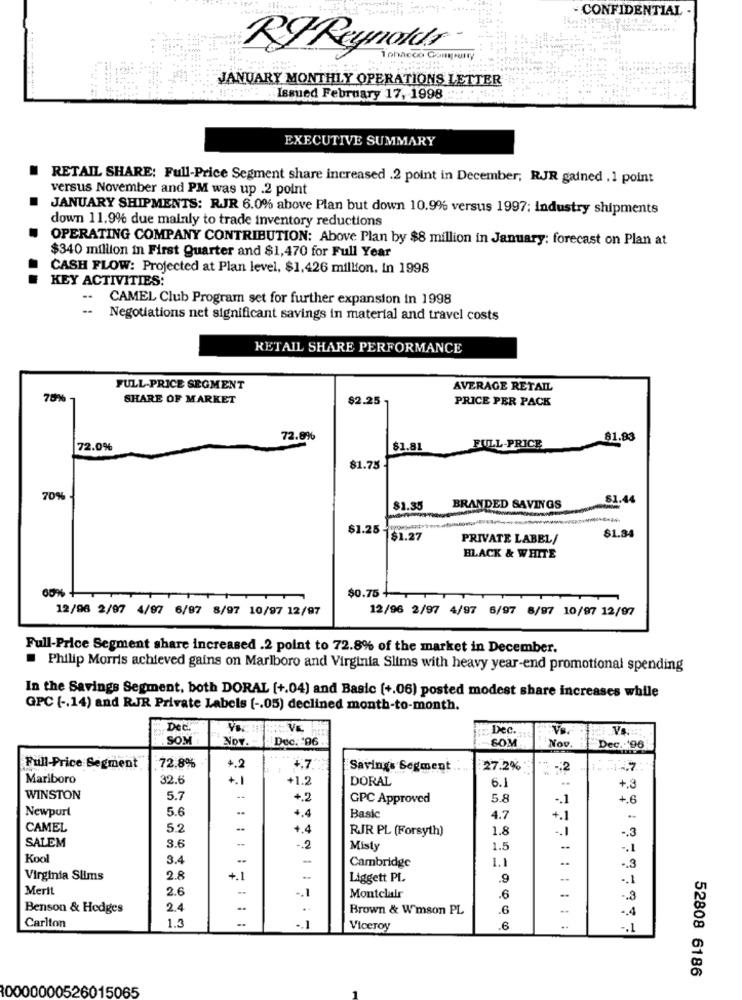
CONFIDENTIAL -
RY Reynolds
JANUARY MONTHLY OPERATIONS LETTER
Issued February 17, 1998
EXECUTIVE SUMMARY
RETAIL SHARE: Full-Price Segment share increased .2 point in December; RJR gained . 1 point
versus November and PM was up .2 point
JANUARY SHIPMENTS: RJR 6.0% above Plan but down 10.9% versus 1997; Industry shipments
down 11.9% due mainly to trade inventory reductions
OPERATING COMPANY CONTRIBUTION: Above Plan by $8 million in January; forecast on Plan at
$340 million in First Quarter and $1,470 for Full Year
CASH FLOW: Projected at Plan level, $1,426 million. In 1998
KEY ACTIVITIES:
CAMEL Club Program set for further expansion in 1998
Negotiations net significant savings in material and travel costs
RETAIL SHARE PERFORMANCE
FULL-PRICE SEGMENT
AVERAGE RETAIL
70%
SHARE OF MARKET
$2.25 -
PRICE PER PACK
72.8%
81.83
72.0%
$1.81
FULL-PRICE
81.75 -
70%
51.44
81.35
BRANDED SAVINGS
$1.25 -
$1.27
PRIVATE LABEL/
$1.84
BLACK & WHITE
$0.75 4
12/96 2/07 4/97 6/97 8/97 10/97 12/97
12/96 2/97 4/97 6/97 8/97 10/97 12/97
Full-Price Segment share increased .2 point to 72.8% of the market in December.
. Philip Morris achieved gains on Marlboro and Virginia Slims with heavy year-end promotional spending
In the Savings Segment, both DORAL [+.04) and Basic (+.06) posted modest share increases while
GPC ( -. 14) and R.JR Private Labels [ -. 05) declined month-to-month.
Dec.
VE
Dec.
Vs:
SOM
Nov.
Dec. 106
SOM
Nou
Dec. 196
72.8%
4.2
Full-Price Segment
Savings Segment
27.2%
14.7
..
Mariboro
32.6
+.1
+1.2
DORAL
6.1
+.3
WINSTON
5.7
+.2
GPC Approved
5.8
.. 1
+.6
Newpurt
5.6
Basic
4.7
+.1
CAMEL
5.2
+.4
RJR PL (Forsyth)
1.8
-. 1
.3
SALEM
3.6
-. 2
Misty
1.5
--
.1
Kool
3.4
--
-
1.1
..
Cambridge
.. 3
Virginia Slims
2.8
+.1
Liggett PL
.9
.. 1
Merit
2.6
-. 1
..
Montclair
.6
-. 3
Benson & Hedges
2.4
..
..
Brown & W'mson PL
.6
1.3
..
Carlton
.. 1
Viceroy
6
..
.. : :
52808 6186
000000526015065